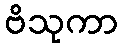
ဗိသုကာ